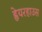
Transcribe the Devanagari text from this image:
ह्वेयरहाउस